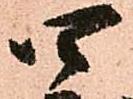
四